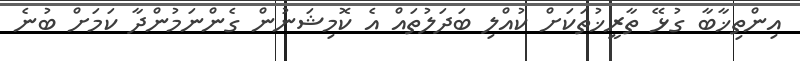
އިންތިޚާބާ ގުޅޭ ތާރީޚުތަކަށް ކުއްލި ބަދަލުތައް އެ ކޮމިޝަނުން ގެންނަމުންދާ ކަަމަށް ބުނެ